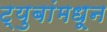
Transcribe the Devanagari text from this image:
ट्युबांमधून